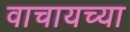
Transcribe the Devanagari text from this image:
वाचायच्या